Report on the Nagpur School of Medicine, Central Provinces
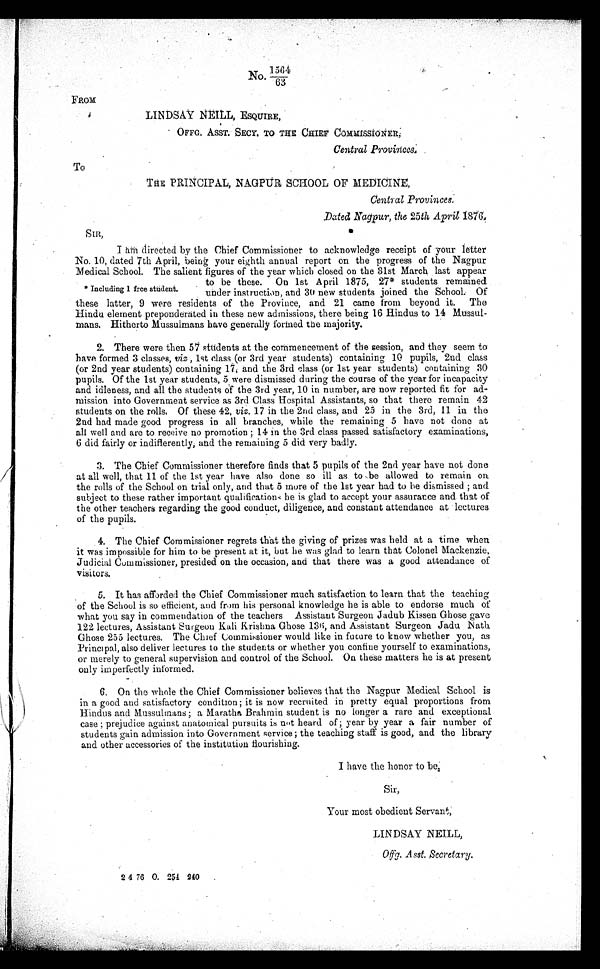
No. 1564
63
FROM
L I N D S A Y N E I L L , E S Q U I R E ,
OFFG. ASST. SECY. TO THE CHIEF COMMISSIONER,
Central Provinces.
To
T H E P R I N C I P A L , N A G P U R S C H O O L O F M E D I C I N E ,
Central Provinces.
Dated Nagpur, the 25th April 1876,
SIR,
I am directed by the Chief Commissioner to acknowledge receipt of your letter
No. 10, dated 7th April, being your eighth annual report on the progress of the Nagpur
Medical School. The salient figures of the year which closed on the 31st March last appear
to be these. On 1st April 1875, 27* students remained
* Including 1 free student. under instruction, and 30 new students joined the School. Of
these latter, 9 were residents of the Province, and 21 came from beyond it. The
Hindu element preponderated in these new admissions, there being 16 Hindus to 14
M u s s u l - m a n s , H i t h e r t o M u s s u l m a n s h a v e g e n e r a l l y f o r m e d t h e m a j o r i t y .
2. There were then 57 students at the commencement of the session, and they seem to
have formed 3 classes, viz , 1st class (or 3rd year students) containing 10 pupils, 2nd class
(or 2nd year students) containing 17 and the 3rd class (or 1st year students) containing 30
pupils. Of the 1st year students, 5 were dismissed during the course of the year for incapacity
and idleness, and all the students of the 3rd year, 10 in number, are now reported fit for ad
-mission into Government service as 3rd Class Hospital Assistants, so that there remain 42
students on the rolls. Of these 42, v i z .
1 7 i n t h e 2 n d c l a s s , a n d 2 5 i n t h e 3 r d , 1 1 i n t h e
2nd had made good progress in all branches, while the remaining 5 have not done at
all well and are to receive no promotion; 14 in the 3rd class passed satisfactory examinations,
6 did fairly or indifferentl, and the remaining 5 did very badly.
3. The Chief Commissioner therefore finds that 5 pupils of the 2nd year have not done
at all well, that 11 of the 1st year have also done so ill as to be allowed to remain on.
the rolls of the School on trial only, and that 5 more of the 1st year had to be dismissed; and
subject to these rather important qualifications he is glad to accept your assurance and. that of
the other teachers regarding the good conduct, diligence, and constant attendance at lectures
of the pupils.
4. The Chief Commissioner regrets that the giving of prizes was held at a time when
it was impossible for him to be present at it, but he was glad to learn that Colonel Mackenzie,
Judicial Commissioner, presided on the occasion, and that there was a good attendance of
visitors.
5. It has afforded the Chief Commissioner much satisfaction to learn that the teaching
of the School is so efficient, and from his personal knowledge he is able to endorse much of
what you say in commendation of the teachers Assistant Surgeon Jadub Kissen Ghose gave
122 lectures, Assistant Surgeon Kali Krishna Ghose 136, and Assistant Surgeon Jadu Nath
Ghose 255 lectures. The Chief Commissioner would like in future to know whether you, as
Principal, also deliver lectures to the students or whether you confine yourself to examinations,
or merely to general supervision and control of the School. On these matters he is at present
only imperfectly informed.
6. On the whole the Chief Commissioner believes that the Nagpur Medical School is
in a good and satisfactory condition; it is now recruited in pretty equal proportions from
Hindus and Mussulmans; a Maratha Brahmin student is no longer a rare and exceptional
c a s e : p r e j u d i c e a g a i n s t a n a t o m i c a l p u r s u i t s i s n o t h e a r d o f ; y e a r b y y e a r a f a i r n u m b e r o f
students gain admission into Government service; the teaching staff is good, and the library
and other accessories of the institution flourishing.
I have the honor to be,
Sir,
Your most obedient Servant,
LINDSAY NEILL,
Offg. Asst. Secretary.
2 4 76 0. 254 240